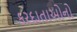
કરદાતાઓનો